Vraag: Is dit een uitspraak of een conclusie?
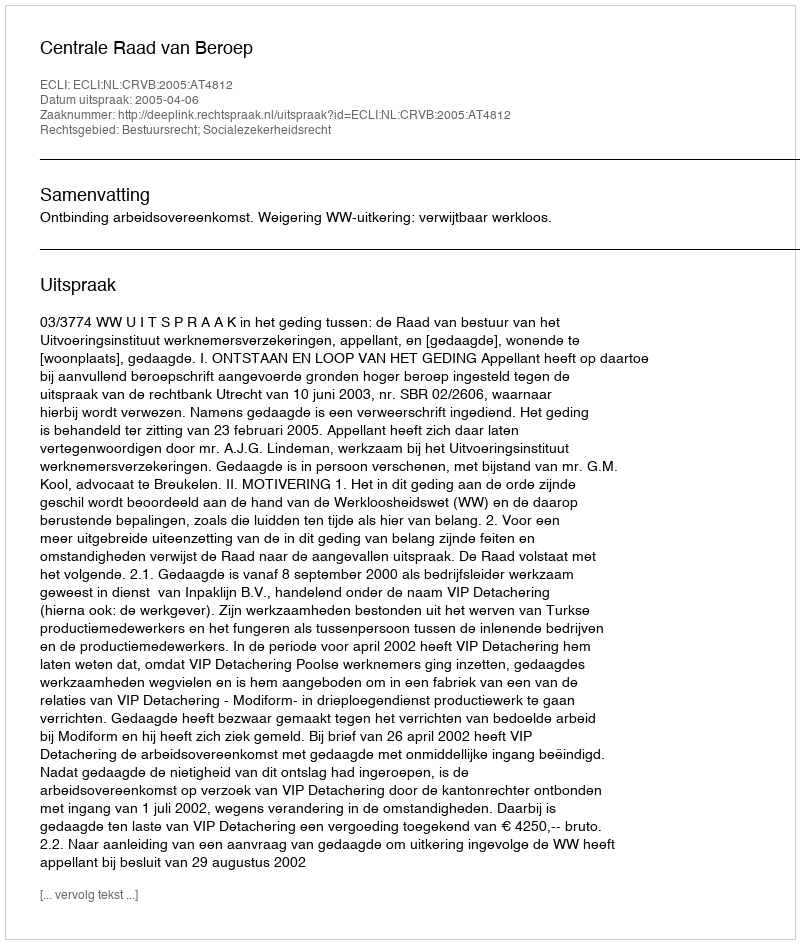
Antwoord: Uitspraak